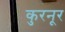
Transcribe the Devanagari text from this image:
कुरनूर